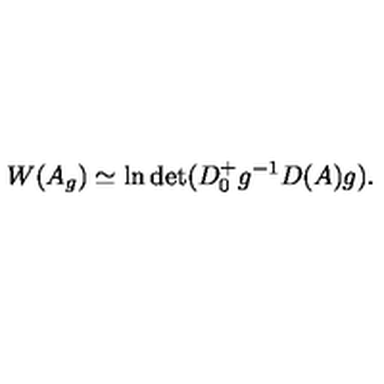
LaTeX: W ( A _ { g } ) \simeq \ln \det ( D _ { 0 } ^ { + } g ^ { - 1 } D ( A ) g ) .